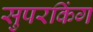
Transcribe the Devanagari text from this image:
सुपरकिंग